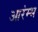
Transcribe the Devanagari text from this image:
आरंम्भ